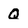
Character: Q